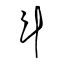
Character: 斗